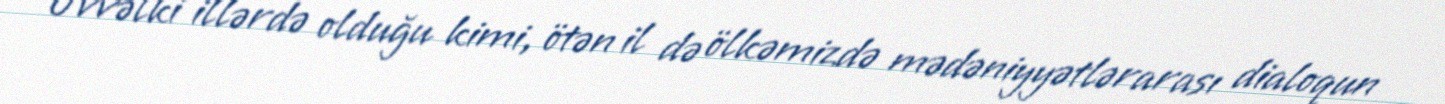
Əvvəlki illərdə olduğu kimi, ötən il də ölkəmizdə mədəniyyətlərarası dialoqun